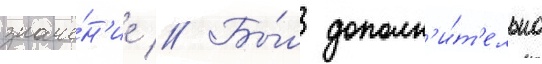
значе́н'ие // Бы́л дополн'и́т'ельно